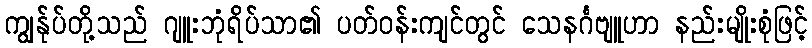
ကျွန်ုပ်တို့သည် ဂျူးဘုံရိပ်သာ၏ ပတ်ဝန်းကျင်တွင် သေနင်္ဂဗျူဟာ နည်းမျိုးစုံဖြင့်